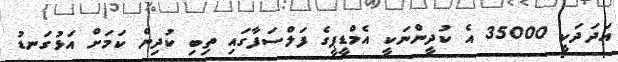
އަދަދަކީ 35000 އެ ކުދީންނަކީ އެމްޑީޕީގެ ފަލްސަފާގައި ތިބި ކުދިން ކަމަށް އަޅުގަނޑު